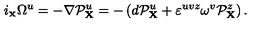
i _ { \scriptscriptstyle { \bf X } } \Omega ^ { u } = - \nabla { \cal P } _ { { \bf X } } ^ { u } = - \left( d { \cal P } _ { { \bf X } } ^ { u } + \varepsilon ^ { u v z } \omega ^ { v } { \cal P } _ { { \bf X } } ^ { z } \right) .